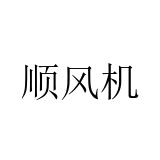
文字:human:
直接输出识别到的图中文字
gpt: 顺风机